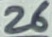
Text: 26